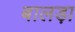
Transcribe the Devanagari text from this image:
बालड़ा